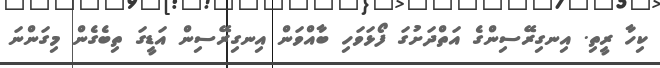
ކިހާ ރީތި. އިނގިރޭސިންގެ އަތްދަށުގަ ފޯޅަވަހި ބާއްވަން އިނގިރޭސިން އަޑީގަ ތިބެގެން މިގަންނަ